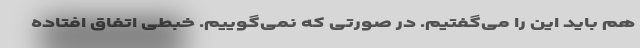
هم باید این را می‌گفتیم. در صورتی که نمی‌گوییم. خبطی اتفاق افتاده